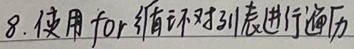
8. 使用 for 循环对列表进行遍历